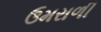
ઉમરાળી